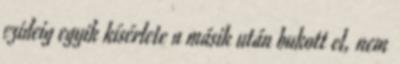
ezideig egyik kísérlete a másik után bukott el, nem